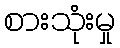
စားသုံးမှု